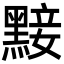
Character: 𪑗